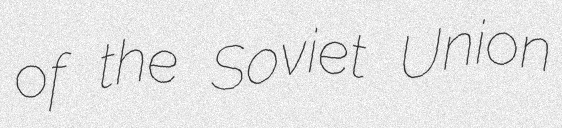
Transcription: of the Soviet Union